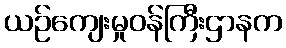
ယဉ်ကျေးမှုဝန်ကြီးဌာနက